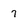
Character: 7